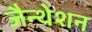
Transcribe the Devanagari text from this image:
जैन्थेशन